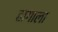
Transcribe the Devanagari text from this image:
हागाला